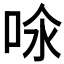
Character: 𠲈